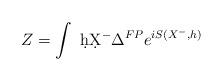
LaTeX: \begin{align*}Z=\int\,\, \d h\d X^-\Delta^{FP}e^{iS(X^-,h)}\end{align*}